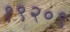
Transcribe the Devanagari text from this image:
१९२०९